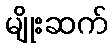
မျိုးဆက်